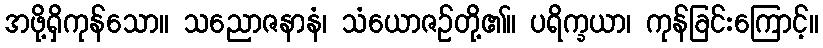
အဖို့ရှိကုန်သော။ သညောဇနာနံ၊ သံယောဇဉ်တို့၏။ ပရိက္ခယာ၊ ကုန်ခြင်းကြောင့်။